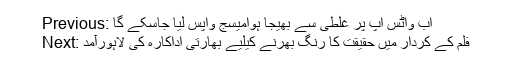
Previous: اب واٹس اپ پر غلطی سے بھیجا ہوامیسج واپس لیا جاسکے گا
Next: فلم کے کردار میں حقیقت کا رنگ بھرنے کیلیے بھارتی اداکارہ کی لاہورآمد